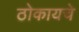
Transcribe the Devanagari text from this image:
ठोकायचे